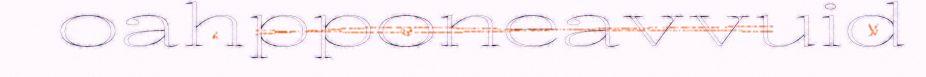
oahpponeavvuid